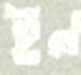
ইন